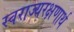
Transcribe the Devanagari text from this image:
स्वराज्यरक्षणार्थ